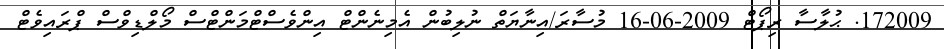
172009. ޙުލާސާ ރިޕޯޓް 2009-06-16 މުސާރަ/އިނާޔަތް ނުލިބުން އެމިނެންޓް އިންވެސްޓްމަންޓްސް މޯލްޑިވްސް ޕްރައިވެޓް